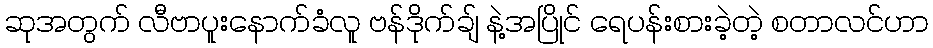
ဆုအတွက် လီဗာပူးနောက်ခံလူ ဗန်ဒိုက်ချ် နဲ့အပြိုင် ရေပန်းစားခဲ့တဲ့ စတာလင်ဟာ